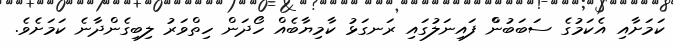
ކަމަށާއި އެކަމުގެ ސަބަބުންް ފައިނަލުގައި ރަނގަޅު ކާމިޔާބެއް ހޯދަން ހިތްވަރު ލިބިގެންދާނެ ކަމަށެވެ.